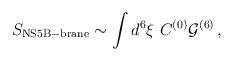
LaTeX: \begin{align*}S_{\rm NS5B-brane} \sim \int d^6\xi\ C^{(0)} {\cal G}^{(6)}\, ,\end{align*}